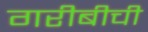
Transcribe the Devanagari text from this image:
गरीबीची